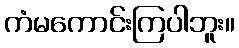
ကံမကောင်းကြပါဘူး။